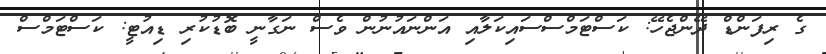
ގެ ރިފަންޑް ދޭންޖެހޭ: ކަސްޓަމްސްސައިކަލާއި އަންނައުނުން ވެސް ނަގާނީ ބޮޑުކުރި ޑިއުޓީ: ކަސްޓަމްސް